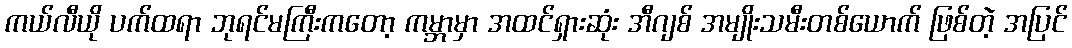
ကယ်လီယို ပက်ထရာ ဘုရင်မကြီးကတော့ ကမ္ဘာမှာ အထင်ရှားဆုံး အီဂျစ် အမျိုးသမီးတစ်ယောက် ဖြစ်တဲ့ အပြင်